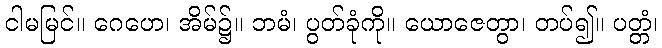
ငါမမြင်။ ဂေဟေ၊ အိမ်၌။ ဘမံ၊ ပွတ်ခုံကို။ ယောဇေတွာ၊ တပ်၍။ ပတ္တံ၊